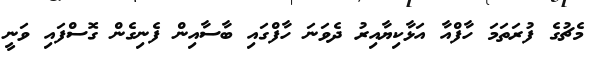
މެޗުގެ ފުރަތަމަ ހާފްއާ އަޅާކިޔާއިރު ދެވަނަ ހާފްގައި ބާސާއިން ފެނިގެން ގޮސްފައި ވަނީ